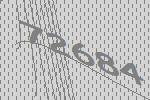
72684